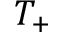
T _ { + }